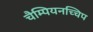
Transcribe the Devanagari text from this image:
चैम्पियनच्चिप